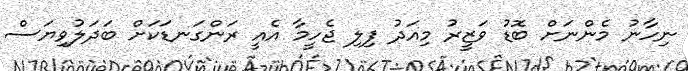
ނިހާނު މެންނަށް ބޮޑު ވަޒީރު މިއަދު ފިލި ޖެހީމާ އެއީ ރަންގަނޑަކަށް ބަދަލުވިޔަސް